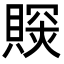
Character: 𧷉